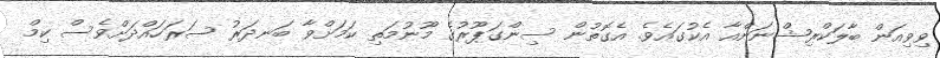
ވިވިއަން ބާލަކްރިޝްނަންއާ އެކުގައެވެ. އެގޮތުން ސިންގަޕޫރުގެ މޫނުމަތި ކަމަށްވާ ބަނދަރު ސަރަހައްދަށްވެސް ކިމް